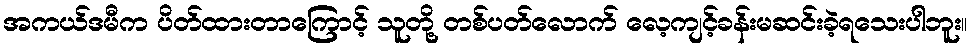
အကယ်ဒမီက ပိတ်ထားတာကြောင့် သူတို့ တစ်ပတ်လောက် လေ့ကျင့်ခန်းမဆင်းခဲ့ရသေးပါဘူး။